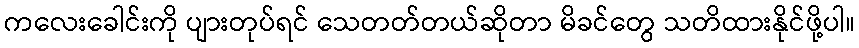
ကလေးခေါင်းကို ပျားတုပ်ရင် သေတတ်တယ်ဆိုတာ မိခင်တွေ သတိထားနိုင်ဖို့ပါ။